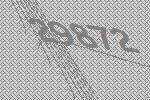
29872